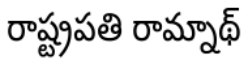
రాష్ట్రపతి రామ్నాథ్